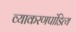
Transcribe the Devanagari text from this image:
व्याकरणपांडित्य